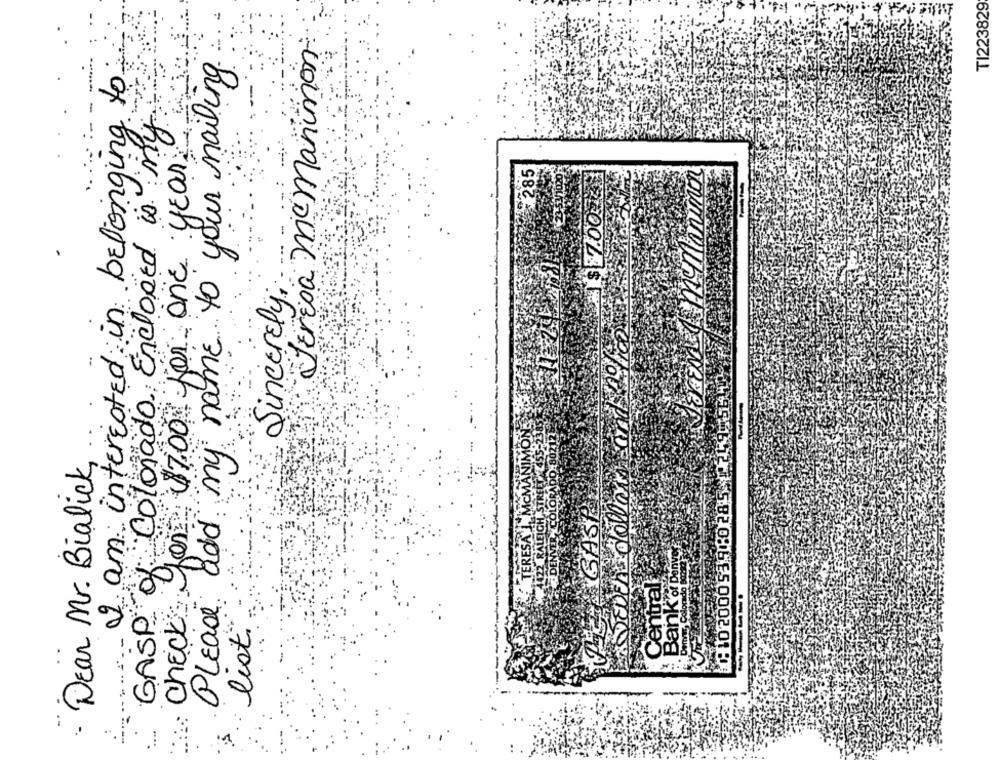
TI223829
Teresa mc manumon
I am interested in belonging to
add my name to your mailing
-
GASP of Colorado. Enclosed is my
gon $7.00 for one year
Jarmo/ mmammon
285
3$ 7.00.33
Sincerely,
JEDER dollars and liga
DO-802121
010200053960 28:5 1-249
- Dear Mr. Bialick
GASP
Bank of Denye
DE
TE
Checks
Central
Please
list.
.....==-